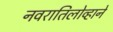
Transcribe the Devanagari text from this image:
नवरातिलोव्हाने